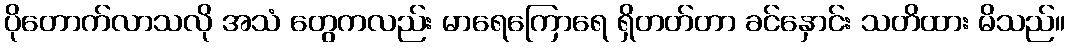
ပိုတောက်လာသလို အသံ တွေကလည်း မာရေကြောရေ ရှိတတ်တာ ခင်နှောင်း သတိထား မိသည်။